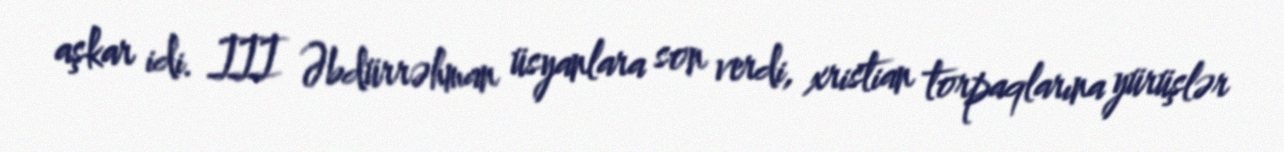
aşkar idi. III Əbdürrəhman üsyanlara son verdi, xristian torpaqlarına yürüşlər